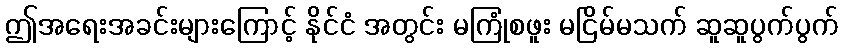
ဤအရေးအခင်းများကြောင့် နိုင်ငံ အတွင်း မကြုံစဖူး မငြိမ်မသက် ဆူဆူပွက်ပွက်